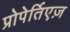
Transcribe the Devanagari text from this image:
प्रोपेर्तिएज़